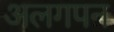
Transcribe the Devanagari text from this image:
अलगपन